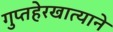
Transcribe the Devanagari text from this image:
गुप्तहेरखात्याने